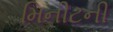
મિનીટની